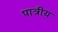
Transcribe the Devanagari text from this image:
पात्रीय